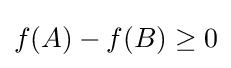
f(A)-f(B)\geq 0